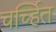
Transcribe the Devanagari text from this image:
चर्च्हित